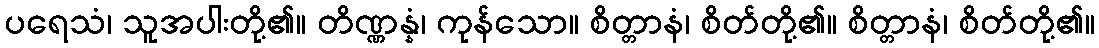
ပရေသံ၊ သူအပါးတို့၏။ တိဏ္ဏန္နံ၊ ကုန်သော။ စိတ္တာနံ၊ စိတ်တို့၏။ စိတ္တာနံ၊ စိတ်တို့၏။